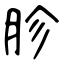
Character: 胗